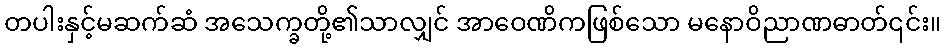
တပါးနှင့်မဆက်ဆံ အသေက္ခတို့၏သာလျှင် အာဝေဏိကဖြစ်သော မနောဝိညာဏဓာတ်၎င်း။